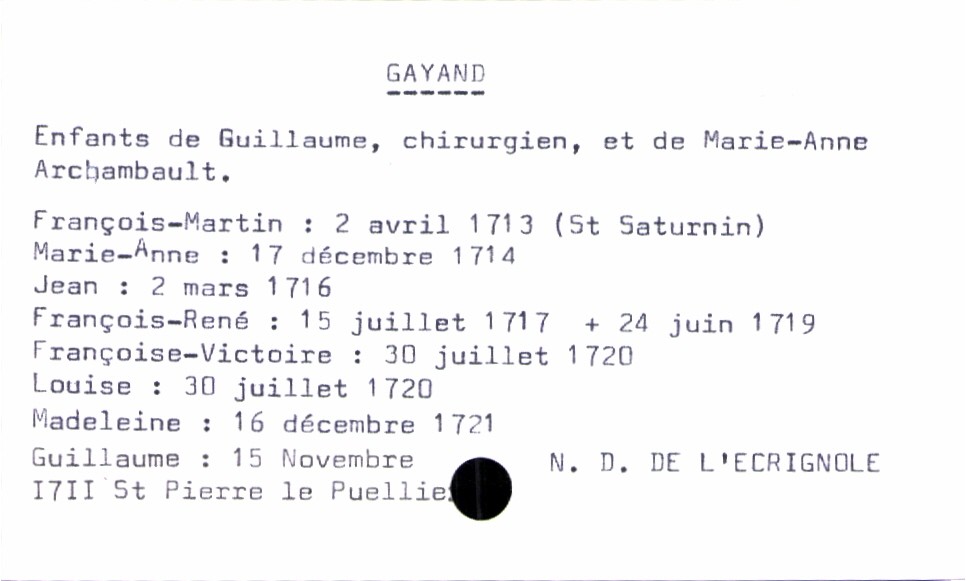
type_acte: Baptême
filiation: fils
enfant_prénom: Guillaume
enfant_date_de_naissance: 15 novembre 1711
enfant_lieu_de_naissance: Saint Pierre le Puellier
enfant_date_de_décès: 24 juin 1719
enfant_lieu_de_décès: Notre Dame de l'Ecrignole
père_enfant_nom: Gayand
père_enfant_prénom: Guillaume
père_enfant_profession: chirurgien
mère_enfant_nom: Archambault
mère_enfant_prénom: Marie-Anne